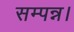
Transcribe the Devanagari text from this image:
सम्पन्न।